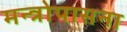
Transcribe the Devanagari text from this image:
मन्त्रोपासना